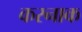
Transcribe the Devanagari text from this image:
करनाक